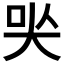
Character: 𡘈